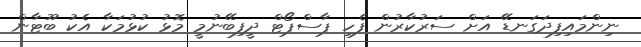
ނިންމައިފިދަގަނޑޭ އަށް ސަރުކާރުން ފެހި ޕާސްޕޯޓް ދީފިބޭނުމީ މޮޅު ކުޅުމަކާ އެކު ބޫޓާން